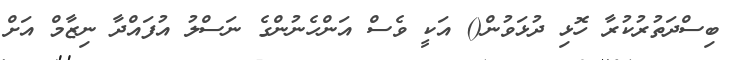
ބިސްދަތުރުކުރާ ހޮޅި ދުޅަވުން() އަކީ ވެސް އަންހެނުންގެ ނަސްލު އުފައްދާ ނިޒާމް އަށް